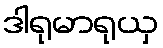
ဒါရုမာရုယှ